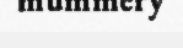
mummery